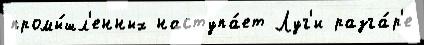
промы́шл'енных наступа́ет Луг'и разга́р'е